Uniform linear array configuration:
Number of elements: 4
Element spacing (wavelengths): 1
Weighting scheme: exponential
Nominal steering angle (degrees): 45
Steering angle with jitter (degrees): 44.065
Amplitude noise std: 0.05
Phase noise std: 0.05

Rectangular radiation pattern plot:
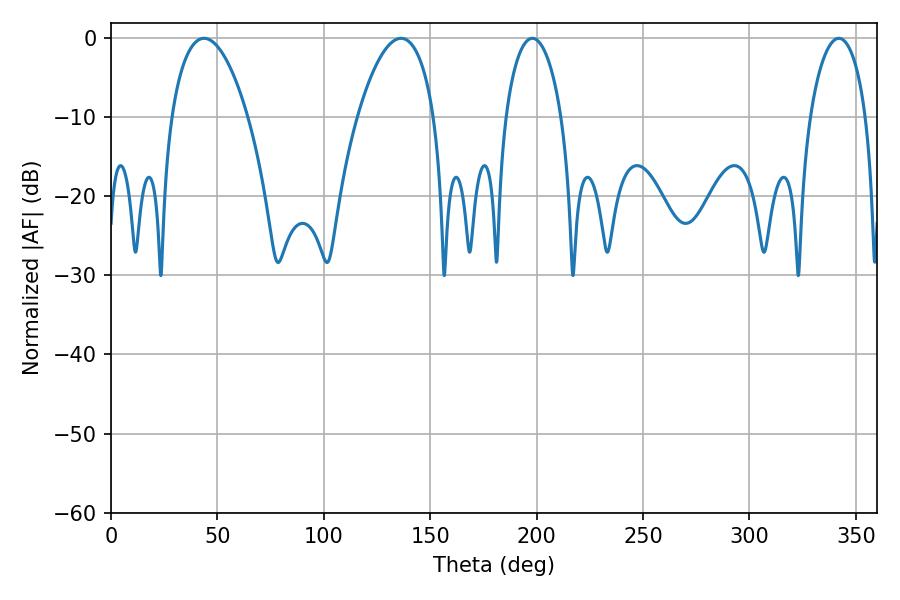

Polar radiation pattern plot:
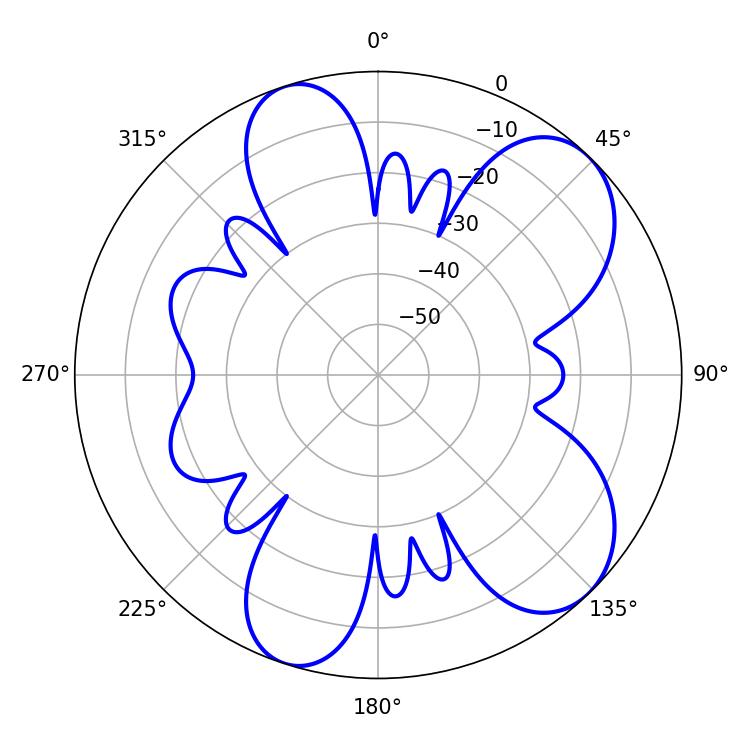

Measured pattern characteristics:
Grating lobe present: TRUE
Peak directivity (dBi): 7.759
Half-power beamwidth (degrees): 15.12
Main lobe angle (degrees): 198